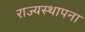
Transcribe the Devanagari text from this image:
राज्यस्थापना